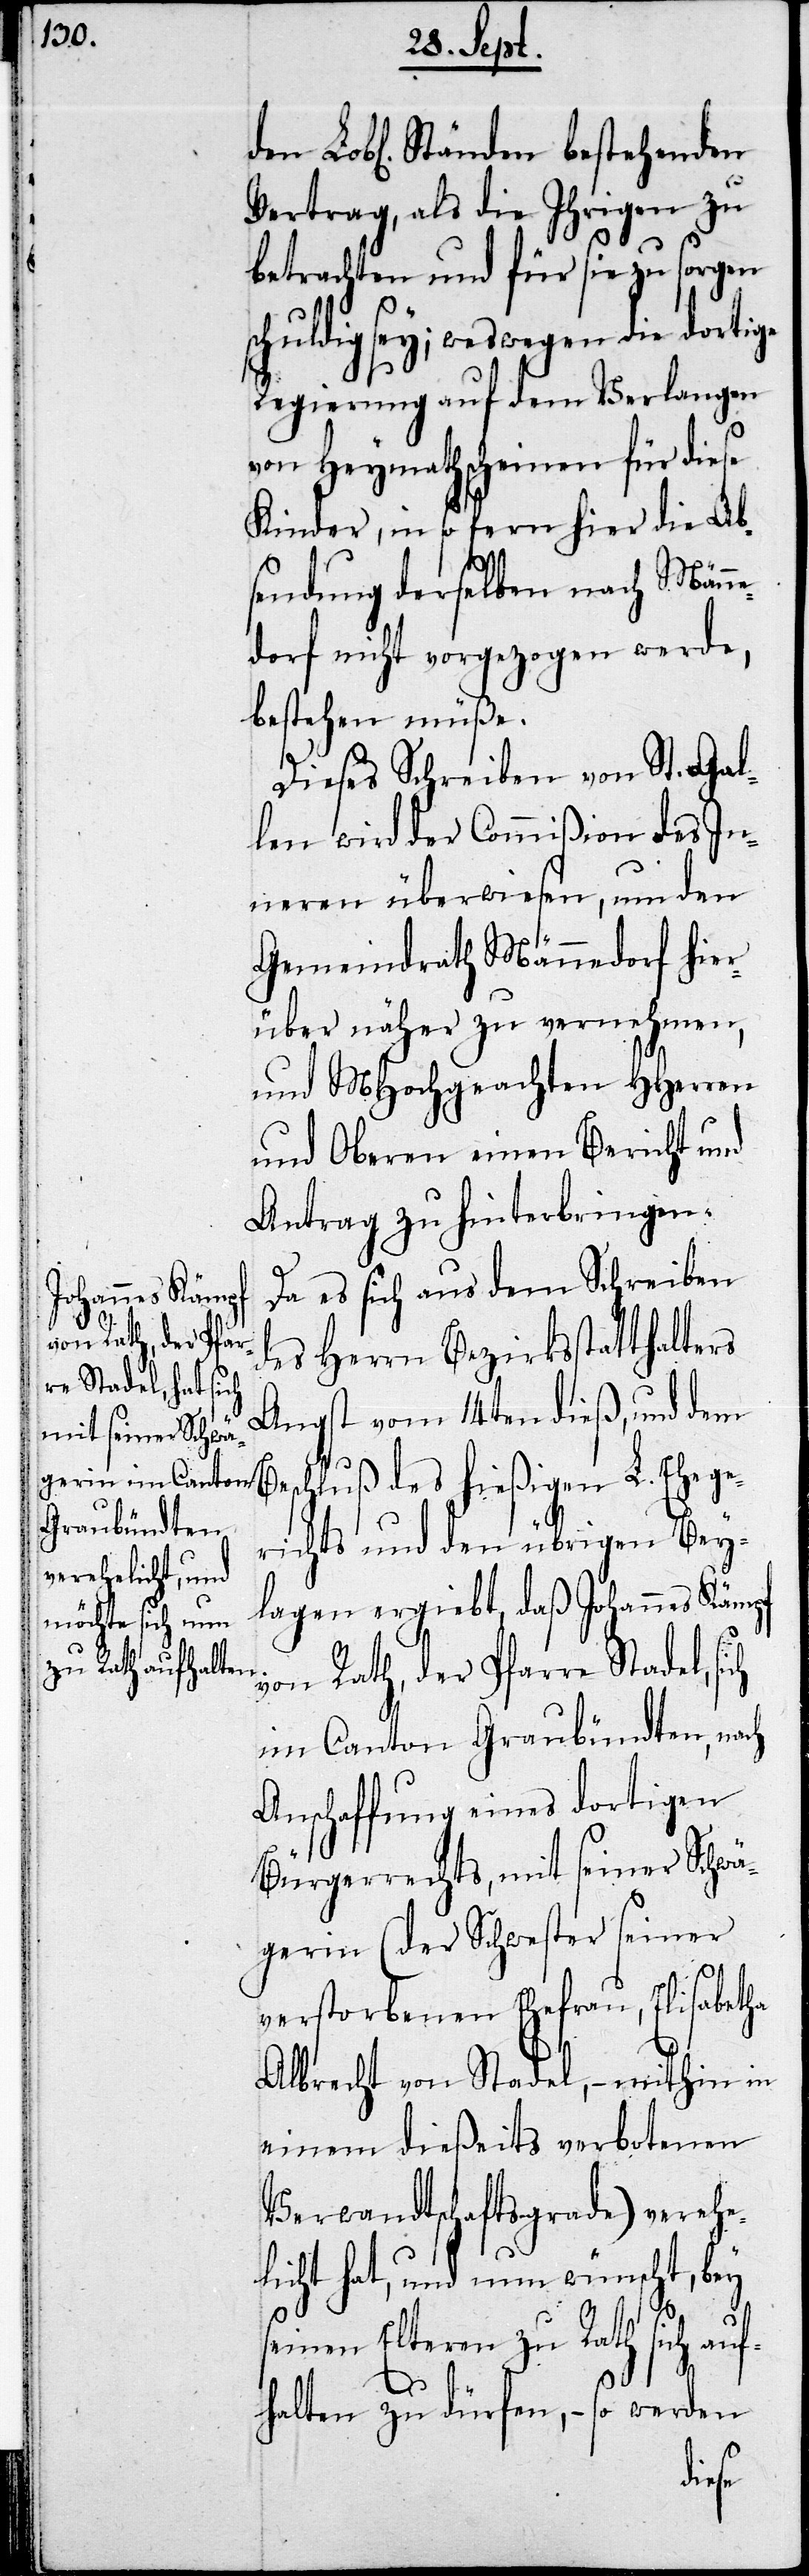
den Lobl. Ständen bestehenden
Vertrag, als die Ihrigen zu
betrachten und für sie zu sorgen
chuldig sey; weswegen die dortige
Regierung auf dem Verlangen
von Heymathscheinen für diese
Kinder, in so fern hier die Ab¬
sendung derselben nach Männe¬
dorf nicht vorgezogen werde,
bestehen müße.
Dieses Schreiben von St. Gal¬
len wird der Commißion des In¬
neren überwiesen, um den
Gemeindrath Männedorf hier¬
über näher zu vernehmen,
und MHochgeachten HHerren
und Oberen einen Bericht und
Antrag zu hinterbringen.
Da es sich aus dem Schreiben
des Herrn Bezirksstatthalters
Angst vom 14ten dieß, und dem
chluß des hießigen L. Ehege¬
richts und den übrigen Bey¬
lagen ergiebt, daß Johannes Kämpf
von Rath, der Pfarre Stadel, s¬
im Canton Graubündten, nach
Anschaffung eines dortigen
Bürgerrechts, mit seiner Schwä¬
gerin (der Schwester seiner
verstorbenen Ehefrau, Elisabetha
Albrecht von Stadel, – mithin in
einem dießeits verbotenen
Verwandtschaftsgrad) verehe¬
licht hat, und nun wünscht, bey
ich
seinen Eltern zu Rath sich auf¬
halten zu dürfen, – so werden
Bes¬